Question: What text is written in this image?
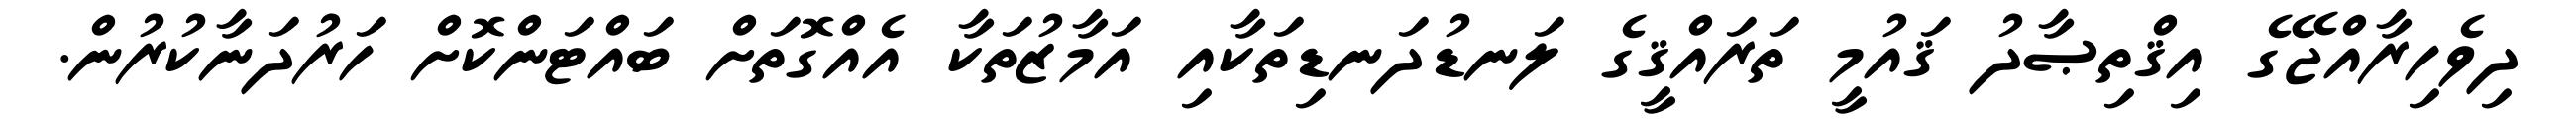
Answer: ދިވެހިރާއްޖޭގެ އިޤްތިޞާދު ޤައުމީ ތަރައްޤީގެ ލަނޑުދަނޑިތަކާއި އަމާޒުތަކާ އެއްގޮތަށް ބައްޓަންކޮށް ހަރުދަނާކުރުން.